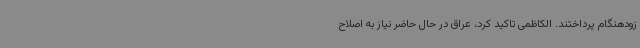
زودهنگام پرداختند. الکاظمی تاکید کرد، عراق در حال حاضر نیاز به اصلاح